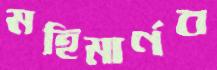
মহিমার্ণব